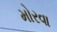
મોરવા